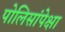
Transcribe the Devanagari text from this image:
पोलिसांपेक्षा